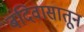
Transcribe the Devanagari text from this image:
बंदिवासातून